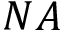
N A